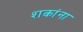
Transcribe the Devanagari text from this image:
शकांना